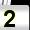
Digit: 2